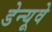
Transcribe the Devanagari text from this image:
डेन्यूवे